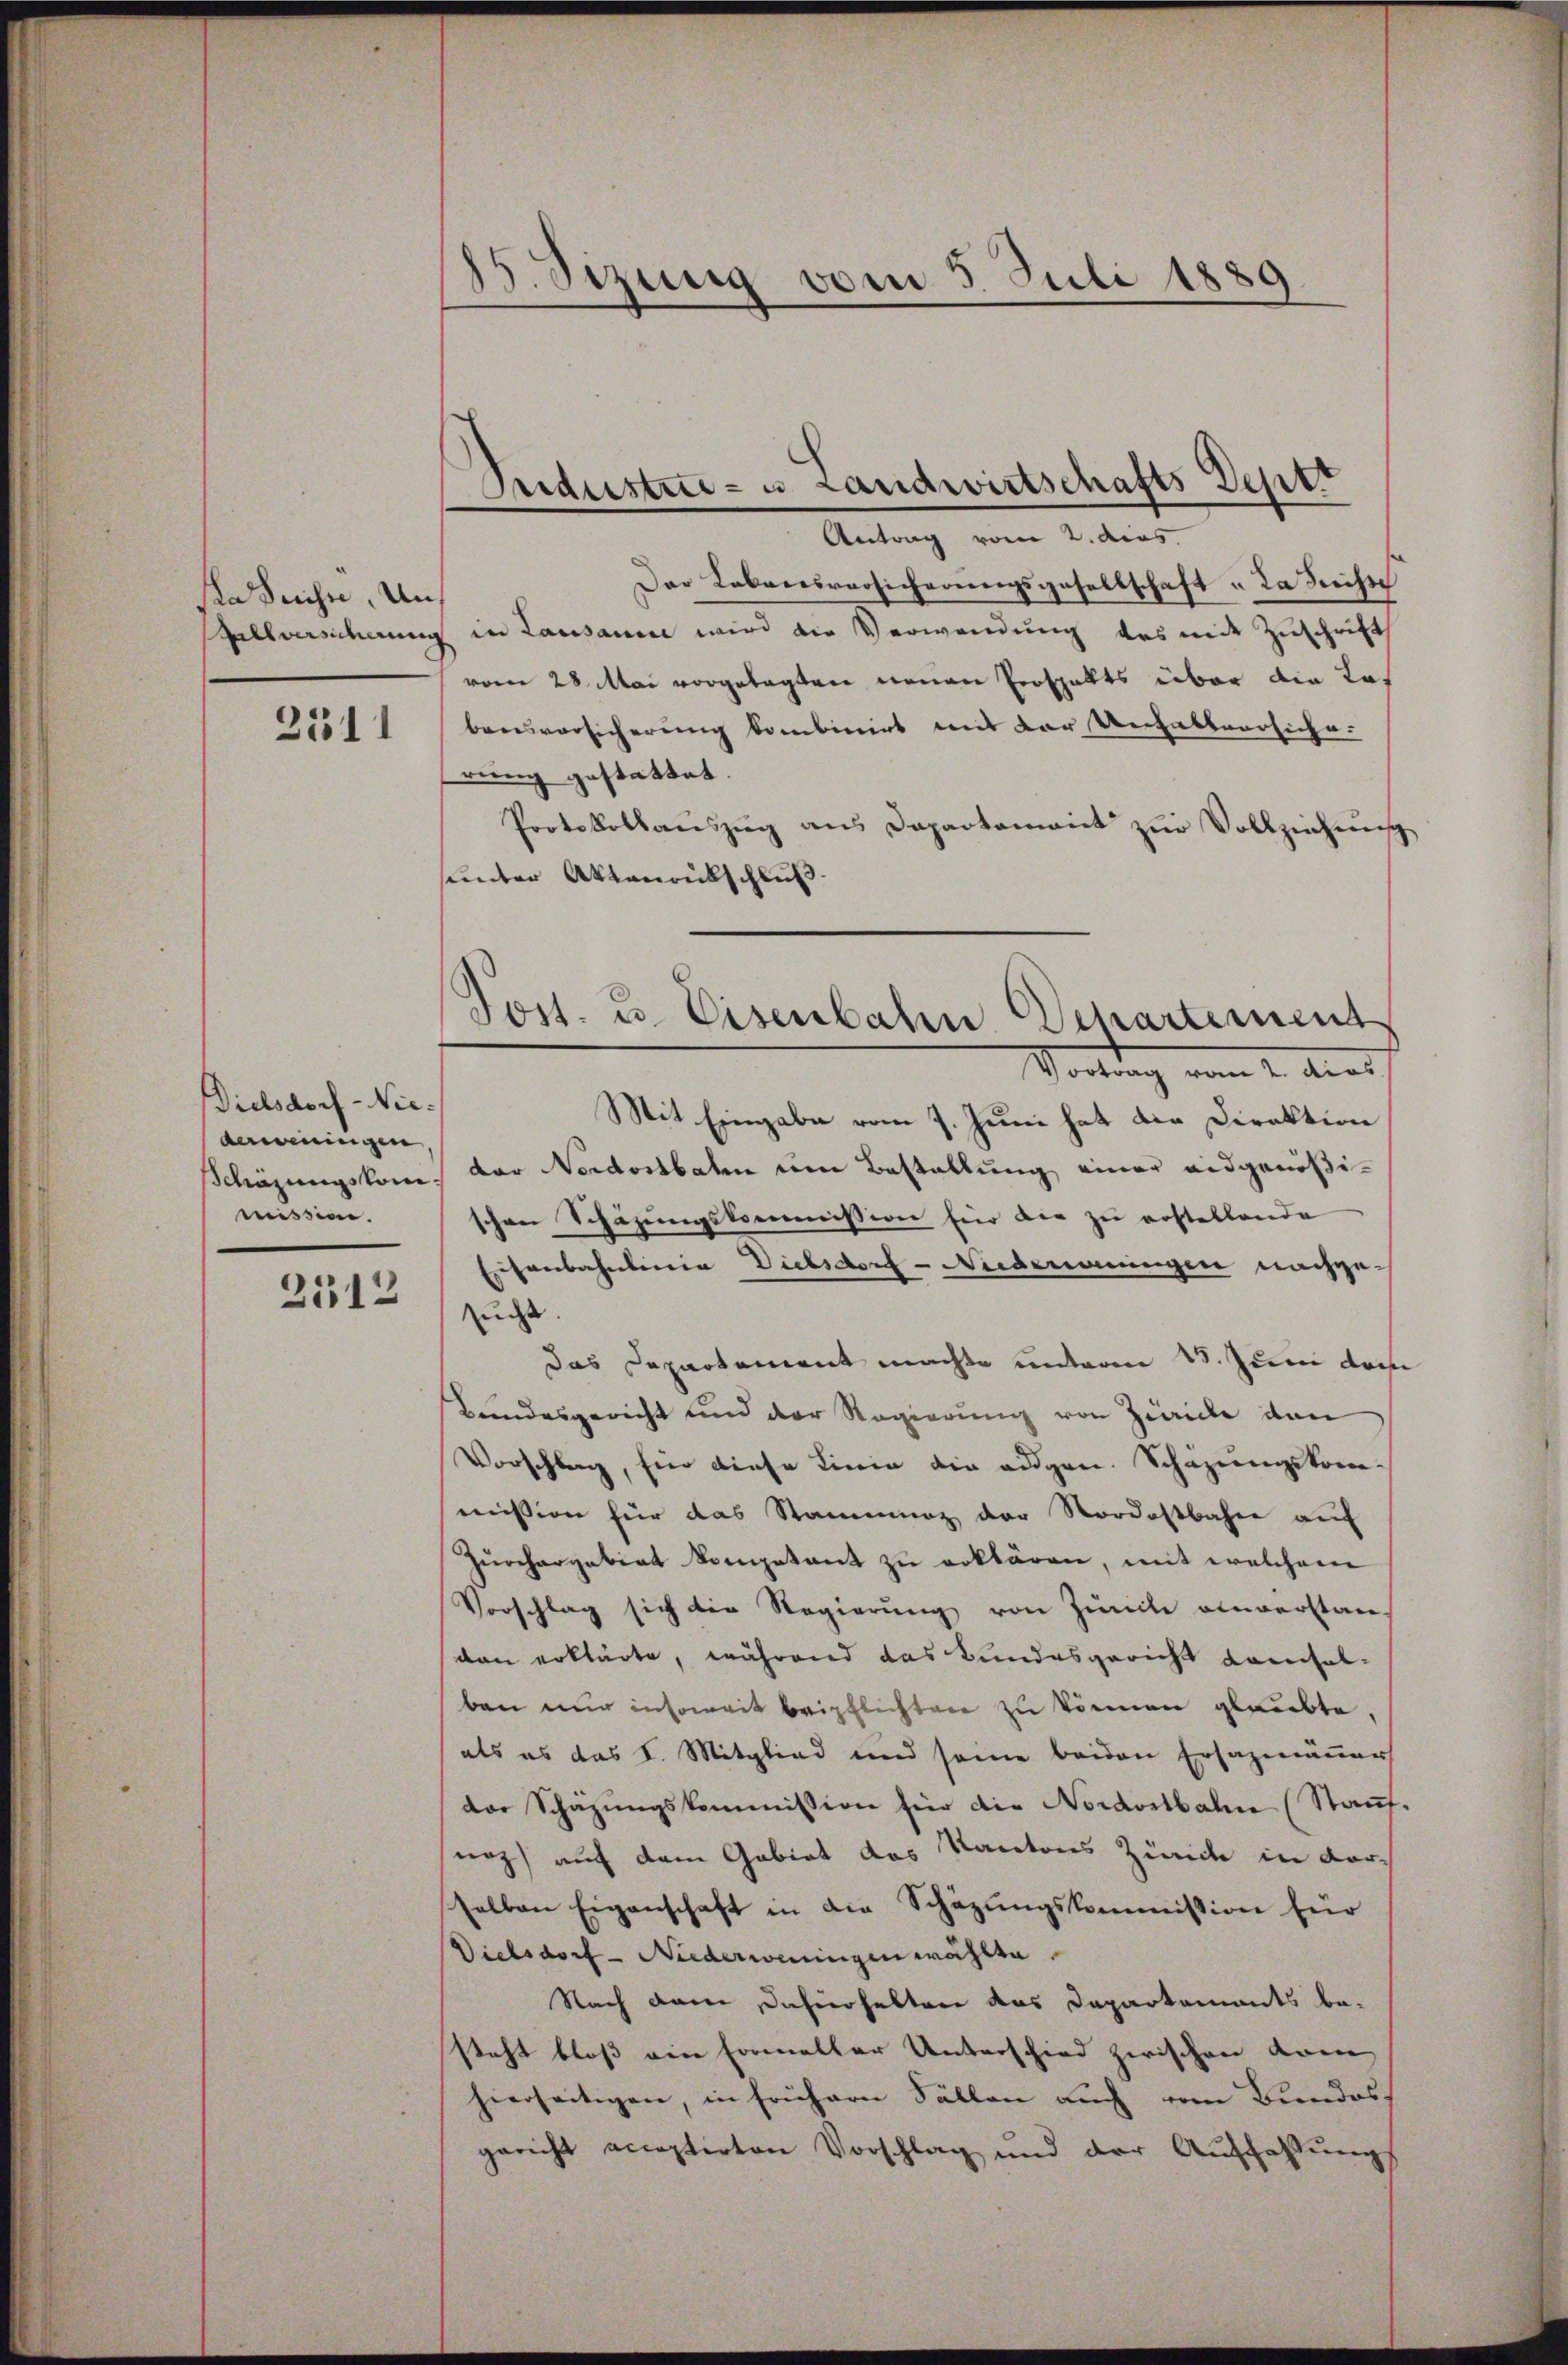
a Sache, Unllversicherum

2511

Dielsdorf-Niederweningen
Schäzungskommission.

2512

25. Sizung vom 5. Juli 1889

Sendustrie- u Landwirtschafts Deptt
Antrag vom 2. dies

Der Lebensversicherungsgesellschaft u. da Siche
E in Lausann wird die Verwendung des mit Zuschrift
vom 28. Mai vorgelegten neuen Perspalts über die Lobensvorsicherung kombinirt und der Unfallversiche
rung gestattet.
Protokollanszŭg ans Departament zŭr Vollziehŭng
sunter Aktenrückschluß.
Mit Eingabe vom 7. Juni hat die Direktion
dor Nordostbaren um Bestellung einer eidgenößischen Schäzungskommission für die zu erstellende
Eisenbahnlinie Dielsdorf - Nudeanungen nachgesucht.
Das Departement machte unterm 18. Juni da
Bundesgericht und der Regierung von Zürich dan
Vorschlag, für diese Linie die augen. Schazungskommission für das Stammung der Nordostbahne auf
Zŭrchargebiet kompetent zŭ erklären, mit welchem
Vorschlag sich die Regierung von Zivile einverstan
van erklärte, während das Bundesgericht Kausabben nur insoweit beipflichten zu können glaubte.
als es das I. Mitglied und seine beiden Ersazmäuer
dor Schäzŭngskommission für die Nordostbahne (Stauf-
noz) auf dem Gebiet das Kantons Zürich in Vorhalben Eigenschaft in die Schäzŭngskommission für
Dielsdorf - Niederoningen wählte
Nach dem dahierhalten das Departements be-
steht bloß ein Formeller Unterschied zwischen kom
hierseitigen, in frühern Fällen auch vom Bundes
gericht acceptirten Vorschlag und der Auffassung

Post. u. Eisenbahn Departement
Vortrag vom 2. dies